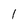
Character: 1